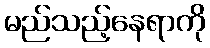
မည်သည့်နေရာကို